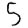
Digit: 5